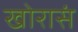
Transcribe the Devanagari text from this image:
खोरासं